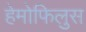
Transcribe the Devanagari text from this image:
हेमोफिलुस